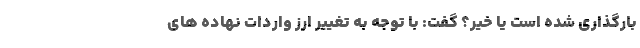
بارگذاری شده است یا خیر؟ گفت: با توجه به تغییر ارز واردات نهاده های